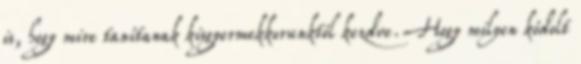
is, hogy mire tanítanak kisgyermekkorunktól kezdve. Hogy milyen kódolt